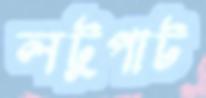
লটুপাট